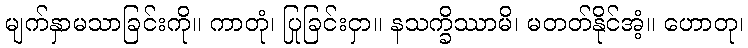
မျက်နှာမသာခြင်းကို။ ကာတုံ၊ ပြုခြင်းငှာ။ နသက္ခိဿာမိ၊ မတတ်နိုင်အံ့။ ဟောတု၊